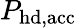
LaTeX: P_{\mathrm{hd,acc}}